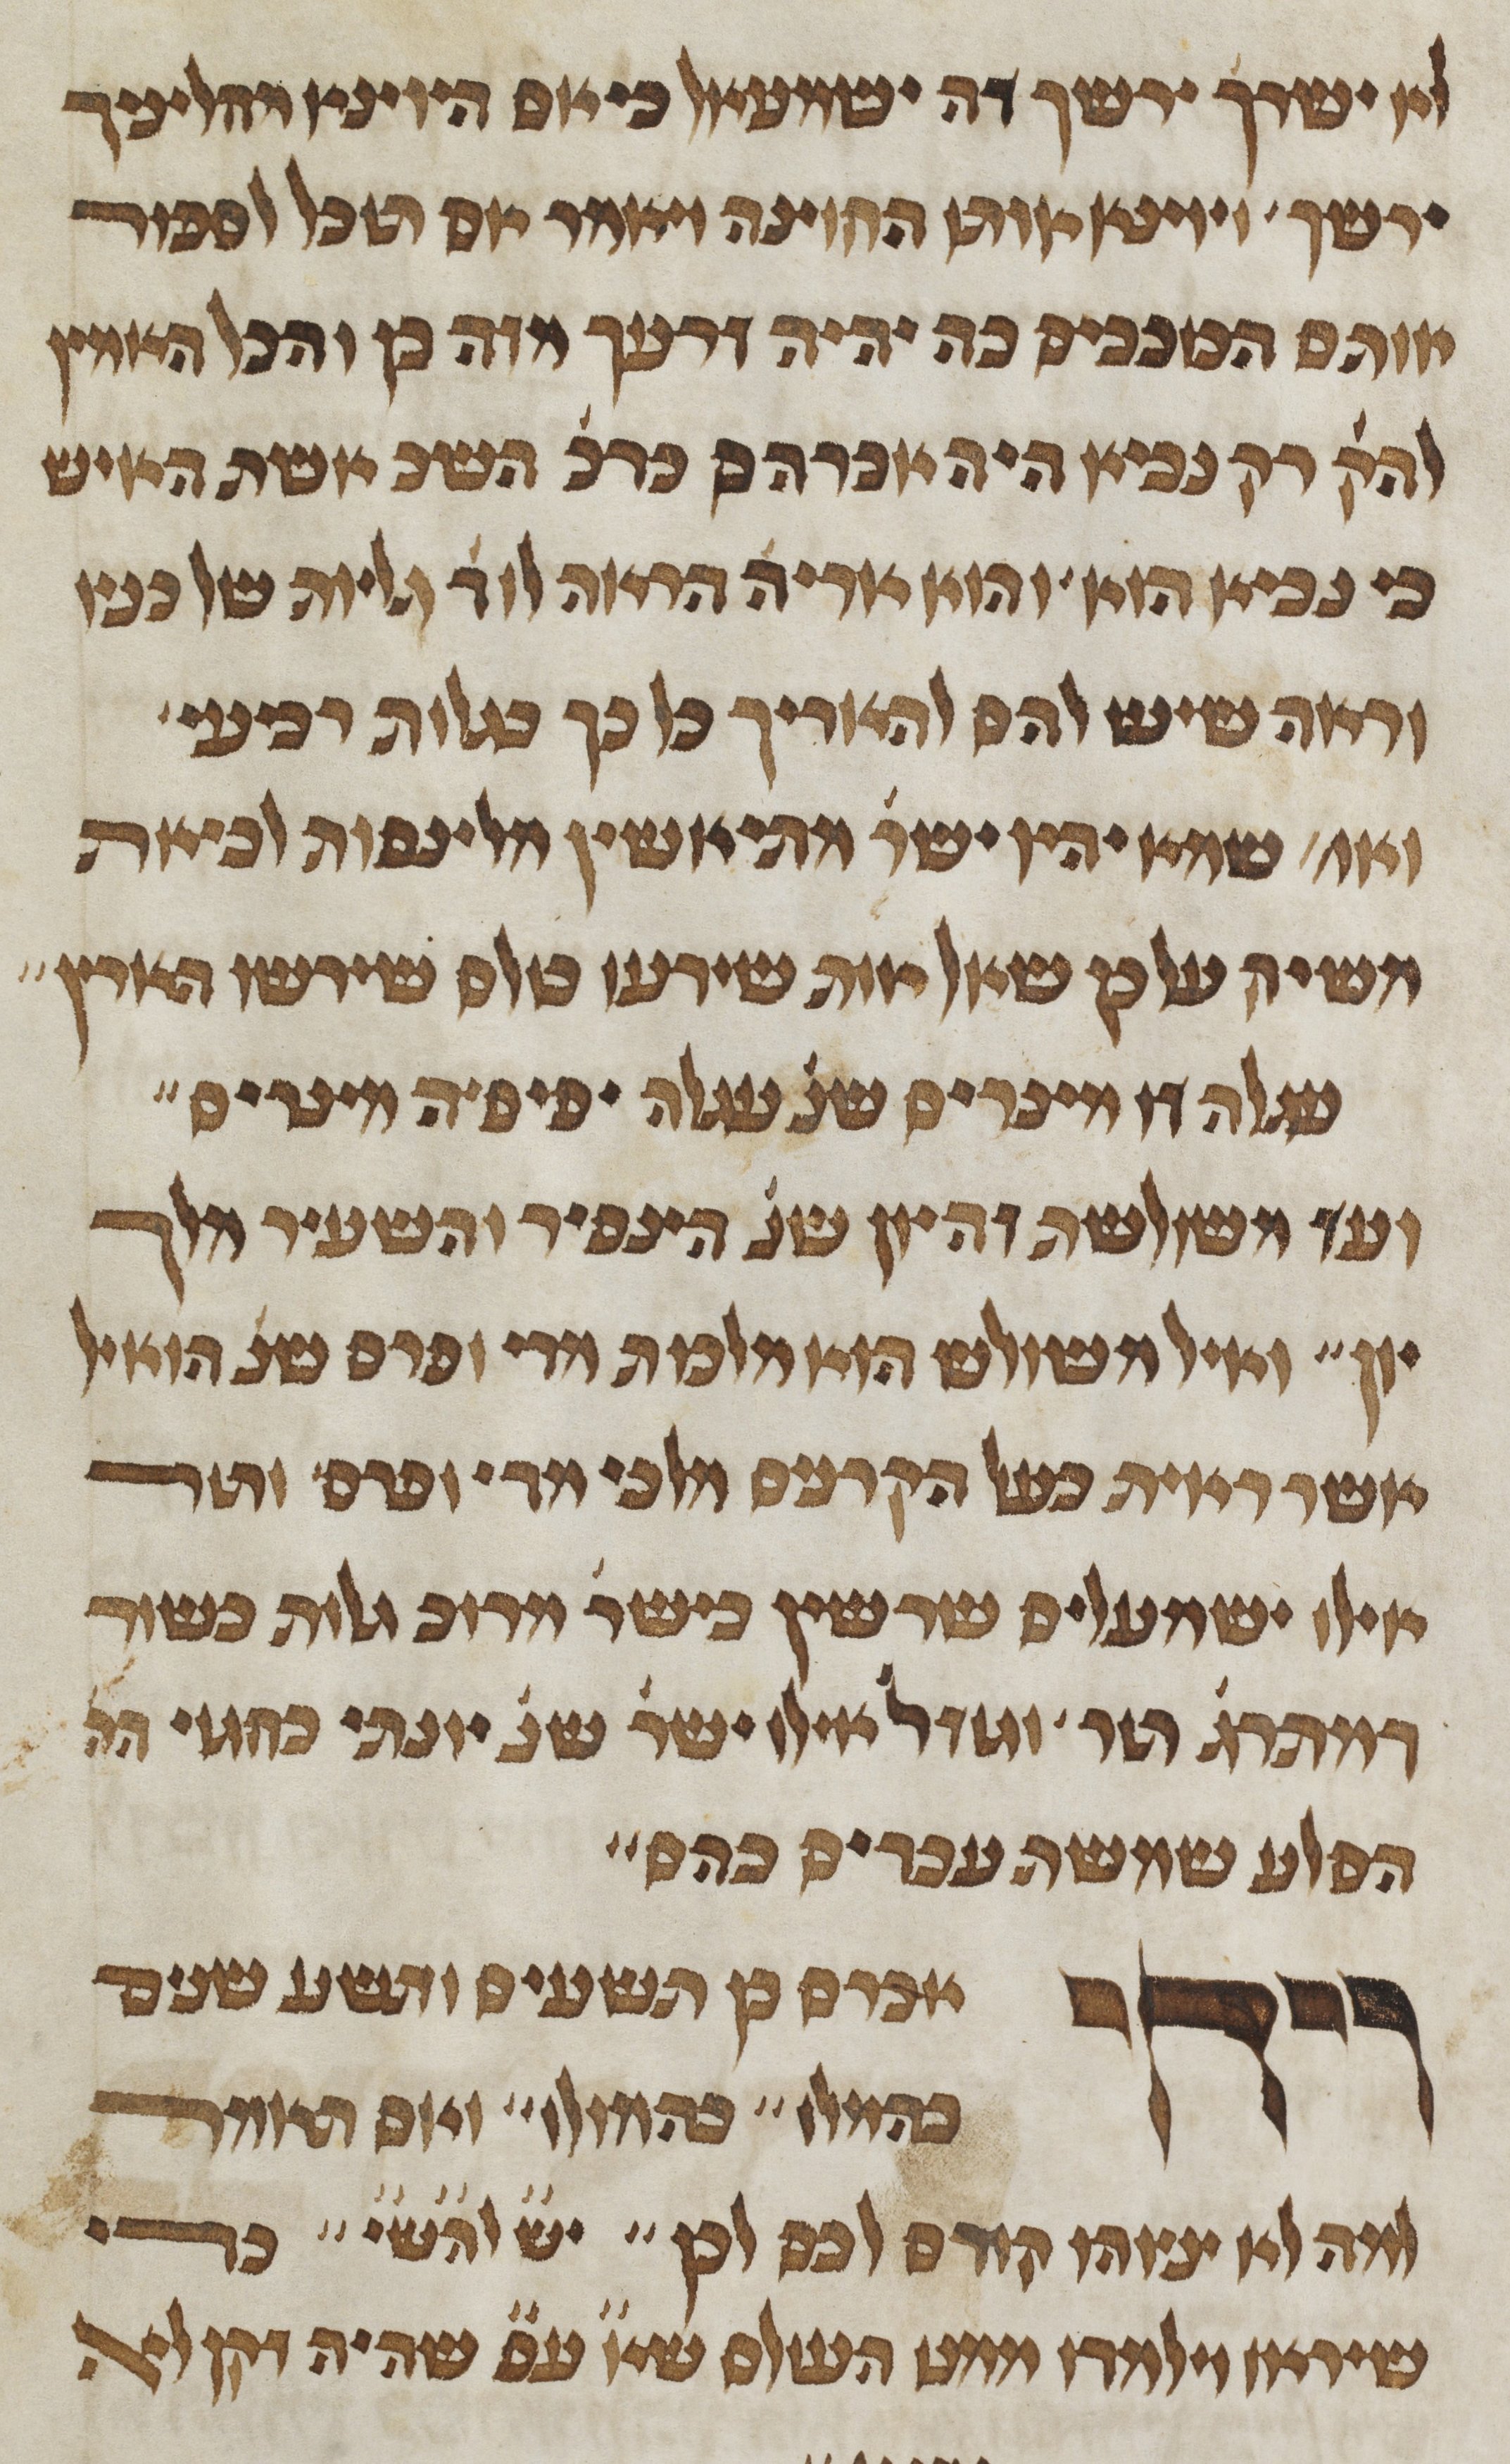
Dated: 1450–1499